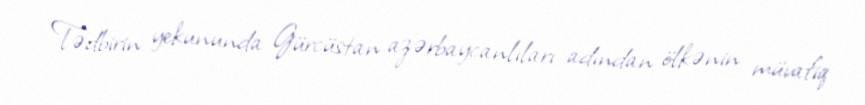
Tədbirin yekununda Gürcüstan azərbaycanlıları adından ölkənin müvafiq